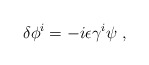
\begin{align*}\delta \phi^i = -i \epsilon \gamma^i \psi ~ ,\end{align*}